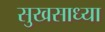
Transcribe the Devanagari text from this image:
सुखसाध्या